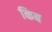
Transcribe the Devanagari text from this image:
किब